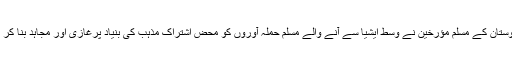
ادھر ہندوستان کے مسلم مؤرخین نے وسط ایشیا سے آنے والے مسلم حملہ آوروں کو محض اشتراک مذہب کی بنیاد پرغازی اور مجاہد بنا کر پیش کیا۔